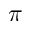
\pi